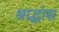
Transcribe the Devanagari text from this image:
श्राद्धांस